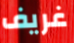
غريف